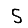
Digit: 5